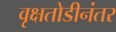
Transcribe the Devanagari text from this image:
वृक्षतोडीनंतर